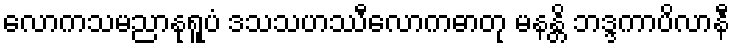
လောကသမညာနုရူပံ ဒသသဟဿီလောကဓာတု မနန္တိ ဘဒ္ဒကာပိလာနီ